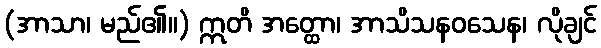
(အာသာ၊ မည်၏။) ဣတိ အတ္ထော၊ အာသိသနဝသေန၊ လိုချင်